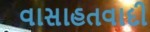
વાસાહતવાદી